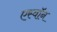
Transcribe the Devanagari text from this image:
एस्वॉन